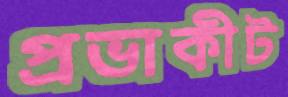
প্রভাকীট